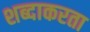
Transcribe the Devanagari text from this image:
शब्दाकरता